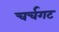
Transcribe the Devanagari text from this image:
चर्चगट